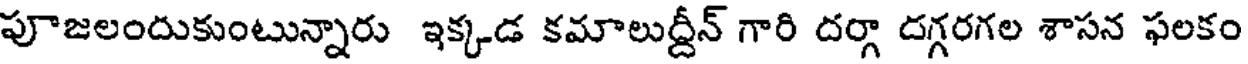
పూజలందుకుంటున్నారు ఇక్కడ కమాలుద్దీన్ గారి దర్గా దగ్గరగల శాసన ఫలకం